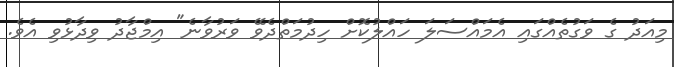
މިއަދު ގެ ވަގުތެއްގައި އެމައްސަލަ ހައްލުކޮށް ހިދުމަތްދެވޭ ވަރުވާނެ" އިމްޖާދު ވިދާޅުވި އެވެ.